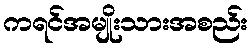
ကရင်အမျိုးသားအစည်း